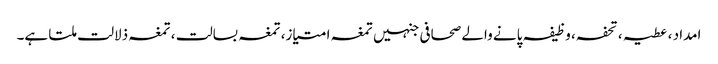
امداد ، عطیہ ، تحفہ، وظیفہ پانے والے صحافی جنہیں تمغہ امتیاز، تمغہ بسالت ، تمغہ ذلالت ملتا ہے۔